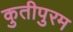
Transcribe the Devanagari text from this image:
कुतीपुरम